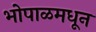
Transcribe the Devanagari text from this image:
भोपाळमधून